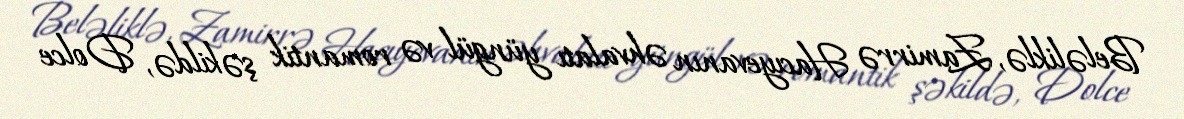
Beləliklə, Zamirrə Hacıyevanın əhvalatı yüngül və romantik şəkildə, Dolce